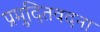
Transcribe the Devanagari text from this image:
प्रमुदितवदना